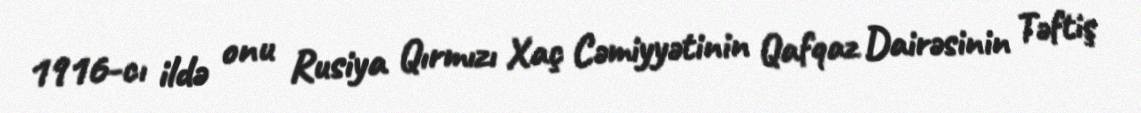
1916-cı ildə onu Rusiya Qırmızı Xaç Cəmiyyətinin Qafqaz Dairəsinin Təftiş